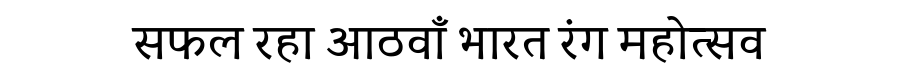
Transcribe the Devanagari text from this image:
सफल रहा आठवाँ भारत रंग महोत्सव